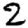
Digit: 2